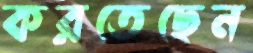
করতেছেন